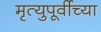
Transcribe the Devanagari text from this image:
मृत्युपूर्वीच्या